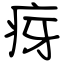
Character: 疨